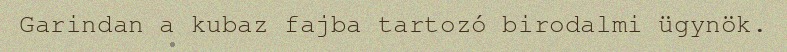
Garindan a kubaz fajba tartozó birodalmi ügynök.